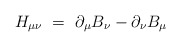
\begin{align*}H_{\mu\nu} \ = \ \partial_\mu B_\nu - \partial_\nu B_\mu\end{align*}